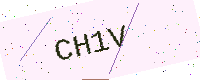
Text: CH1V